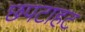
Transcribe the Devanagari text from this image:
छपटाहट